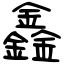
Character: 鑫